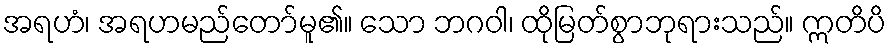
အရဟံ၊ အရဟမည်တော်မူ၏။ သော ဘဂဝါ၊ ထိုမြတ်စွာဘုရားသည်။ ဣတိပိ